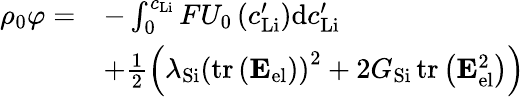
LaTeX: \begin{array}{rl}{\rho_{0}\varphi=}&{-\int_{0}^{c_{\mathrm{Li}}}FU_{0}\left(c_{\mathrm{Li}}^{\prime}\right)\mathrm{d}c_{\mathrm{Li}}^{\prime}}\\ &{+\frac{1}{2}\left(\lambda_{\mathrm{Si}}\left(\operatorname{tr}\left(\mathbf{E}_{\mathrm{el}}\right)\right)^{2}+2G_{\mathrm{Si}}\operatorname{tr}\left(\mathbf{E}_{\mathrm{el}}^{2}\right)\right)}\end{array}